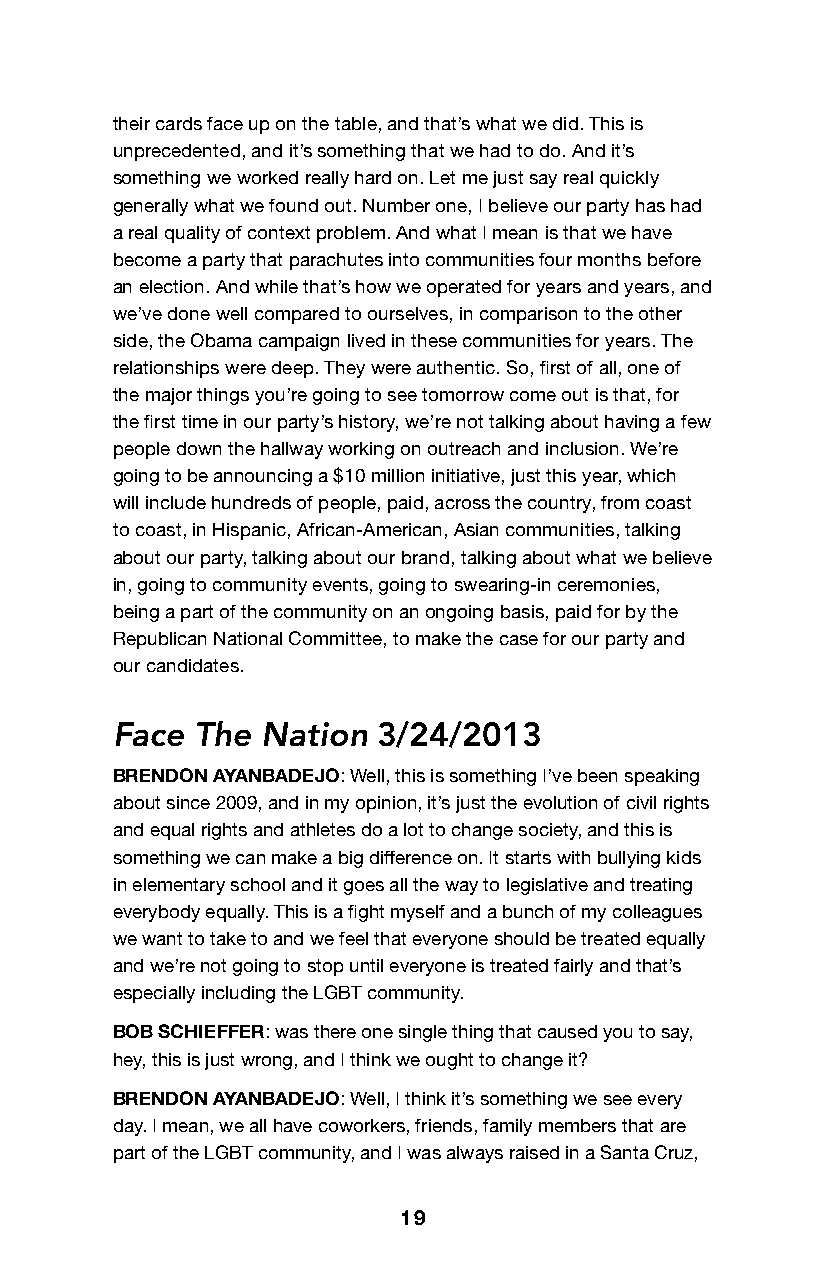
their cards face up on the table, and that’s what we did. This is
 unprecedented, and it’s something that we had to do. And it’s
 something we worked really hard on. Let me just say real quickly
 generally what we found out. Number one, I believe our party has had
 a real quality of context problem. And what I mean is that we have
 become a party that parachutes into communities four months before
 an election. And while that’s how we operated for years and years, and
 we’ve done well compared to ourselves, in comparison to the other
 side, the Obama campaign lived in these communities for years. The
 relationships were deep. They were authentic. So, first of all, one of
 the major things you’re going to see tomorrow come out is that, for
 the first time in our party’s history, we’re not talking about having a few
 people down the hallway working on outreach and inclusion. We’re
 going to be announcing a $10 million initiative, just this year, which
 will include hundreds of people, paid, across the country, from coast
 to coast, in Hispanic, African-American, Asian communities, talking
 about our party, talking about our brand, talking about what we believe
 in, going to community events, going to swearing-in ceremonies,
 being a part of the community on an ongoing basis, paid for by the
 Republican National Committee, to make the case for our party and
 our candidates.
 Face  The Nation  3/24/2013
 BRENDON AYANBADEJO: Well, this is something I’ve been speaking
 about since 2009, and in my opinion, it’s just the evolution of civil rights
 and equal rights and athletes do a lot to change society, and this is
 something we can make a big difference on. It starts with bullying kids
 in elementary school and it goes all the way to legislative and treating
 everybody equally. This is a fight myself and a bunch of my colleagues
 we want to take to and we feel that everyone should be treated equally
 and we’re not going to stop until everyone is treated fairly and that’s
 especially including the LGBT community.
 BOB SCHIEFFER: was there one single thing that caused you to say,
 hey, this is just wrong, and I think we ought to change it?
 BRENDON AYANBADEJO: Well, I think it’s something we see every
 day. I mean, we all have coworkers, friends, family members that are
 part of the LGBT community, and I was always raised in a Santa Cruz,
 19